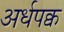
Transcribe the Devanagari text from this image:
अर्धपक्व